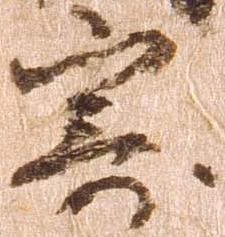
寄